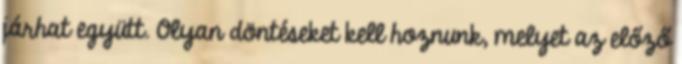
járhat együtt. Olyan döntéseket kell hoznunk, melyet az előző